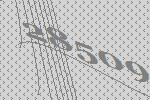
28509